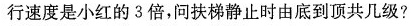
行速度是小红的3倍，问扶梯静止时由底到顶共几级?